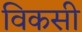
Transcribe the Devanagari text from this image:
विकसी